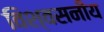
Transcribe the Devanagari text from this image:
विश्‍वसनीय